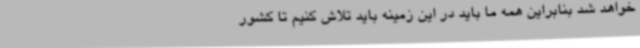
خواهد شد بنابراین همه ما باید در این زمینه باید تلاش کنیم تا کشور